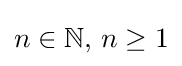
n\in \mathbb {N} ,\,n\geq 1